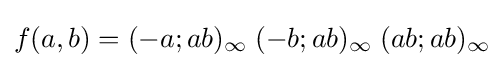
f(a,b)=(-a;ab)_{\infty }\;(-b;ab)_{\infty }\;(ab;ab)_{\infty }